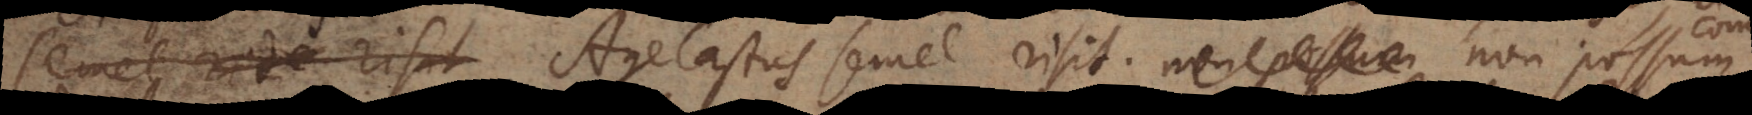
semel ride risit Agelastus semel risit, non possum